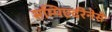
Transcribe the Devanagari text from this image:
सम्पिएर्दरेनेसे